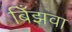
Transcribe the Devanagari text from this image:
बिँझवा